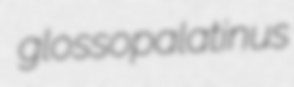
glossopalatinus